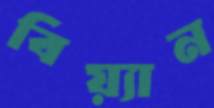
বিয়্যান